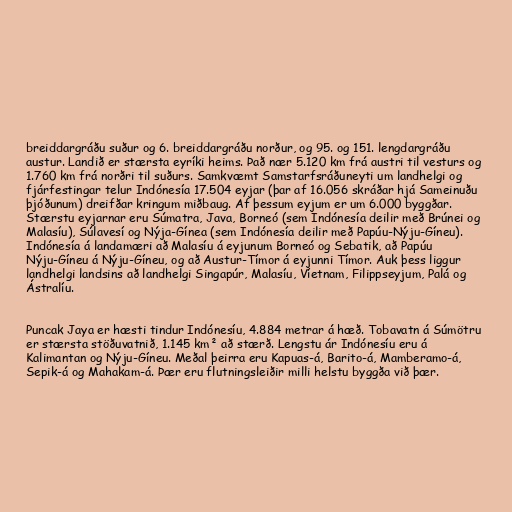
breiddargráðu suður og 6. breiddargráðu norður, og 95. og 151. lengdargráðu
austur. Landið er stærsta eyríki heims. Það nær 5.120 km frá austri til vesturs og
1.760 km frá norðri til suðurs. Samkvæmt Samstarfsráðuneyti um landhelgi og
fjárfestingar telur Indónesía 17.504 eyjar (þar af 16.056 skráðar hjá Sameinuðu
þjóðunum) dreifðar kringum miðbaug. Af þessum eyjum er um 6.000 byggðar.
Stærstu eyjarnar eru Súmatra, Java, Borneó (sem Indónesía deilir með Brúnei og
Malasíu), Súlavesí og Nýja-Gínea (sem Indónesía deilir með Papúu-Nýju-Gíneu).
Indónesía á landamæri að Malasíu á eyjunum Borneó og Sebatik, að Papúu
Nýju-Gíneu á Nýju-Gíneu, og að Austur-Tímor á eyjunni Tímor. Auk þess liggur
landhelgi landsins að landhelgi Singapúr, Malasíu, Víetnam, Filippseyjum, Palá og
Ástralíu.

Puncak Jaya er hæsti tindur Indónesíu, 4.884 metrar á hæð. Tobavatn á Súmötru
er stærsta stöðuvatnið, 1.145 km² að stærð. Lengstu ár Indónesíu eru á
Kalimantan og Nýju-Gíneu. Meðal þeirra eru Kapuas-á, Barito-á, Mamberamo-á,
Sepik-á og Mahakam-á. Þær eru flutningsleiðir milli helstu byggða við þær.